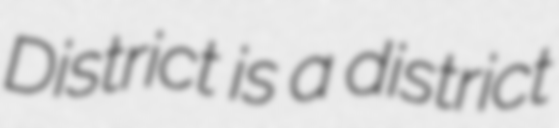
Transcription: District is a district